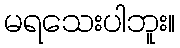
မရသေးပါဘူး။